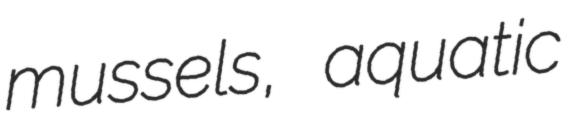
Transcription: mussels, aquatic